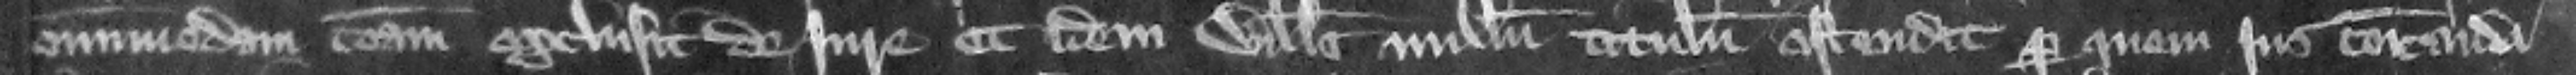
omnimodam communam exclusit de iure et idem Willelmus nullum titulum ostendit per quem ius communicandi